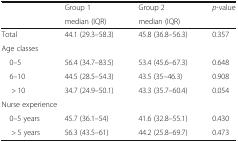
| <ROWSPAN=2>  | Group 1 | Group 2 | <ROWSPAN=2> p-value |
 | median (IQR) | median (IQR) |
 | --- | --- | --- | --- |
 | Total | 44.1 (29.3–58.3) | 45.8 (36.8–56.3) | 0.357 |
 | <COLSPAN=4> Age classes |
 | 0–5 | 56.4 (34.7–83.5) | 53.4 (45.6–67.3) | 0.648 |
 | 6–10 | 44.5 (28.5–54.3) | 43.5 (35–46.3) | 0.908 |
 | > 10 | 34.7 (24.9–50.1) | 43.3 (35.7–60.4) | 0.054 |
 | <COLSPAN=4> Nurse experience |
 | 0–5 years | 45.7 (36.1–54) | 41.6 (32.8–55.1) | 0.430 |
 | > 5 years | 56.3 (43.5–61) | 44.2 (25.8–69.7) | 0.473 |